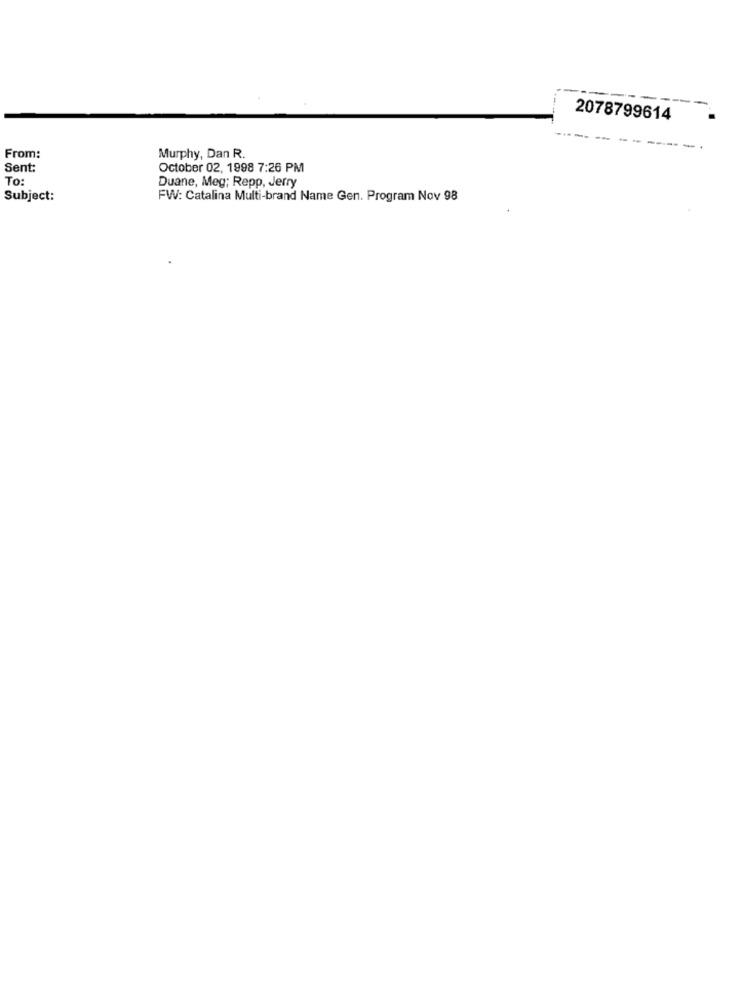
2078799614
From:
Murphy, Dan R.
Sent:
October 02, 1998 7:26 PM
To:
Duane, Meg; Repp, Jerry
Subject:
FW: Catalina Multi-brand Name Gen. Program Nov 98